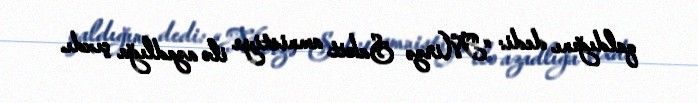
qaldığını dedi: “Mirzə Sakit amnistiya ilə azadlığa çıxdı.